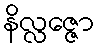
နိလ္လဇ္ဇော